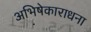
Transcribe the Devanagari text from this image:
अभिषेकाराधना